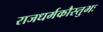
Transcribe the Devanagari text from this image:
राजधर्मकौस्तुभः